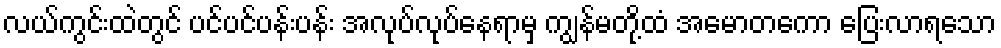
လယ်ကွင်းထဲတွင် ပင်ပင်ပန်းပန်း အလုပ်လုပ်နေရာမှ ကျွန်မတို့ထံ အမောတကော ပြေးလာရသော